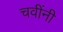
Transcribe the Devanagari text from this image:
चवींनी